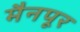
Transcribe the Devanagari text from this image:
मैनपूर